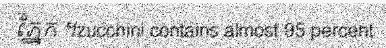
ភ្នែក ។zucchini contains almost 95 percent